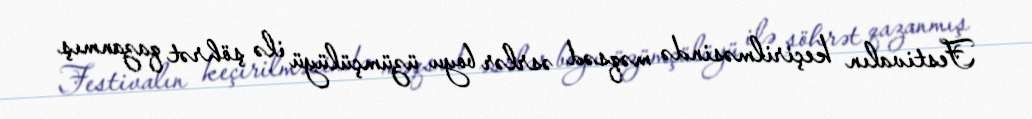
Festivalın keçirilməsində məqsəd əsrlər boyu üzümçülüyü ilə şöhrət qazanmış